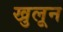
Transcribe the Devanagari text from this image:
खुलून